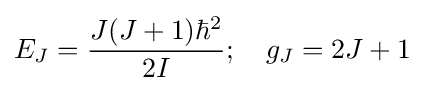
E_{J}={\frac {J(J+1)\hbar ^{2}}{2I}};\quad g_{J}=2J+1